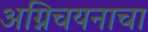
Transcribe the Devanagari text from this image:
अग्निचयनाचा